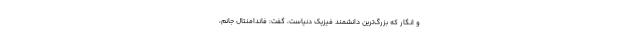
و انگار که بزرگ­ترین دانشمند فیزیک دنیاست، گفت: فاندامنتال جانم،